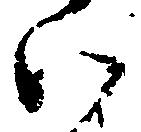
い